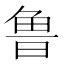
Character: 鲁